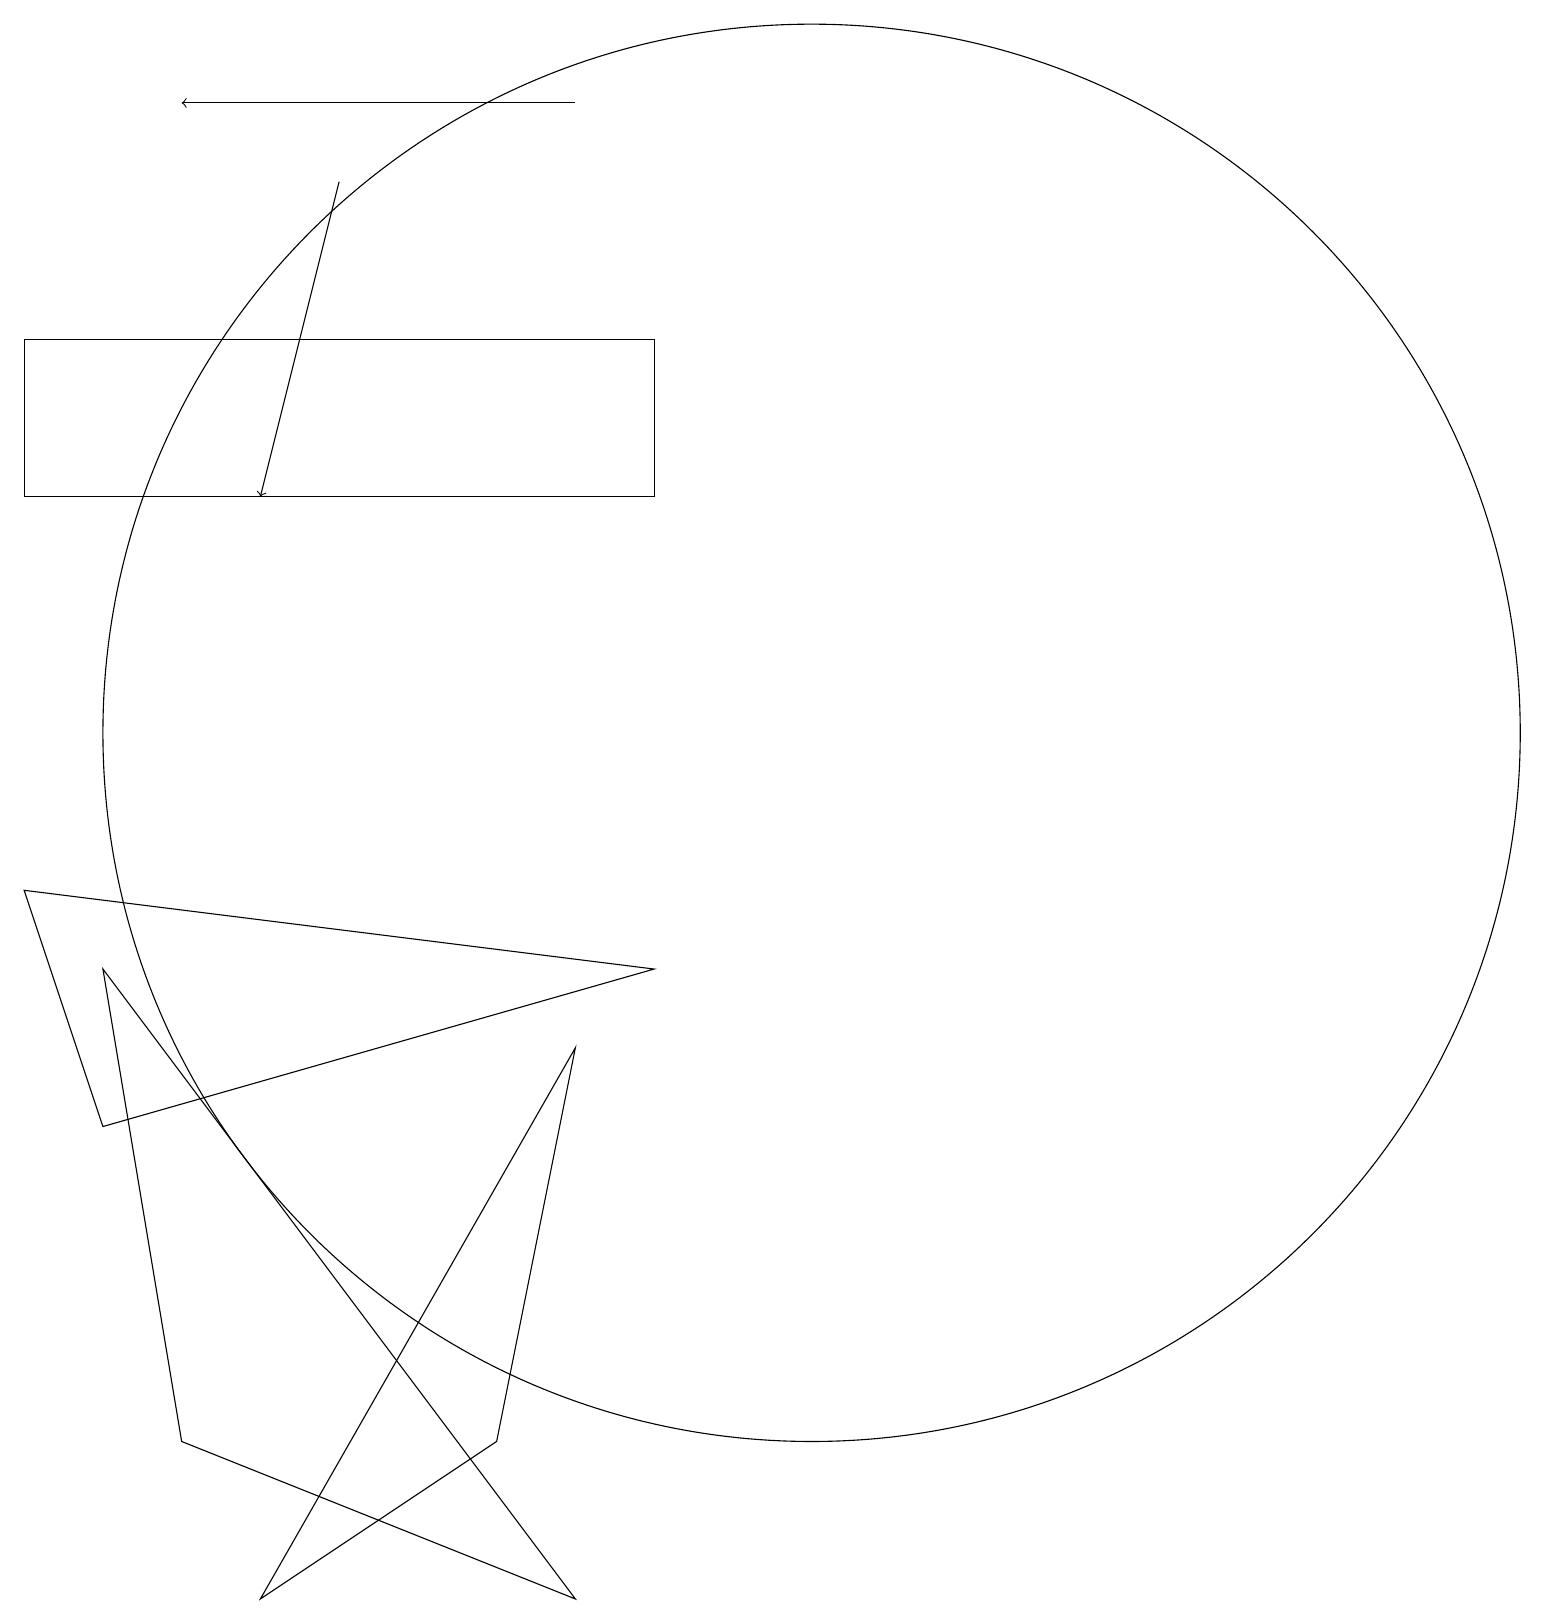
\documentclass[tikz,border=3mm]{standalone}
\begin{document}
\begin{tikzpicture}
\draw (1,6) -- (8,8) -- (0,9) -- cycle;
\draw (0,16) rectangle (8,14);
\draw (3,0) -- (6,2) -- (7,7) -- cycle;
\draw (1,8) -- (2,2) -- (7,0) -- cycle;
\draw[->] (7,19) -- (2,19);
\draw (10,11) circle (9);
\draw[->] (4,18) -- (3,14);
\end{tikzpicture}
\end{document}